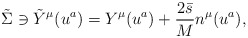
\begin{align*}\tilde{\Sigma} \ni \tilde{Y}^{\mu}(u^a) = Y^{\mu}(u^a) + \frac{2\bar{s}}{M} n^{\mu}(u^a),\end{align*}